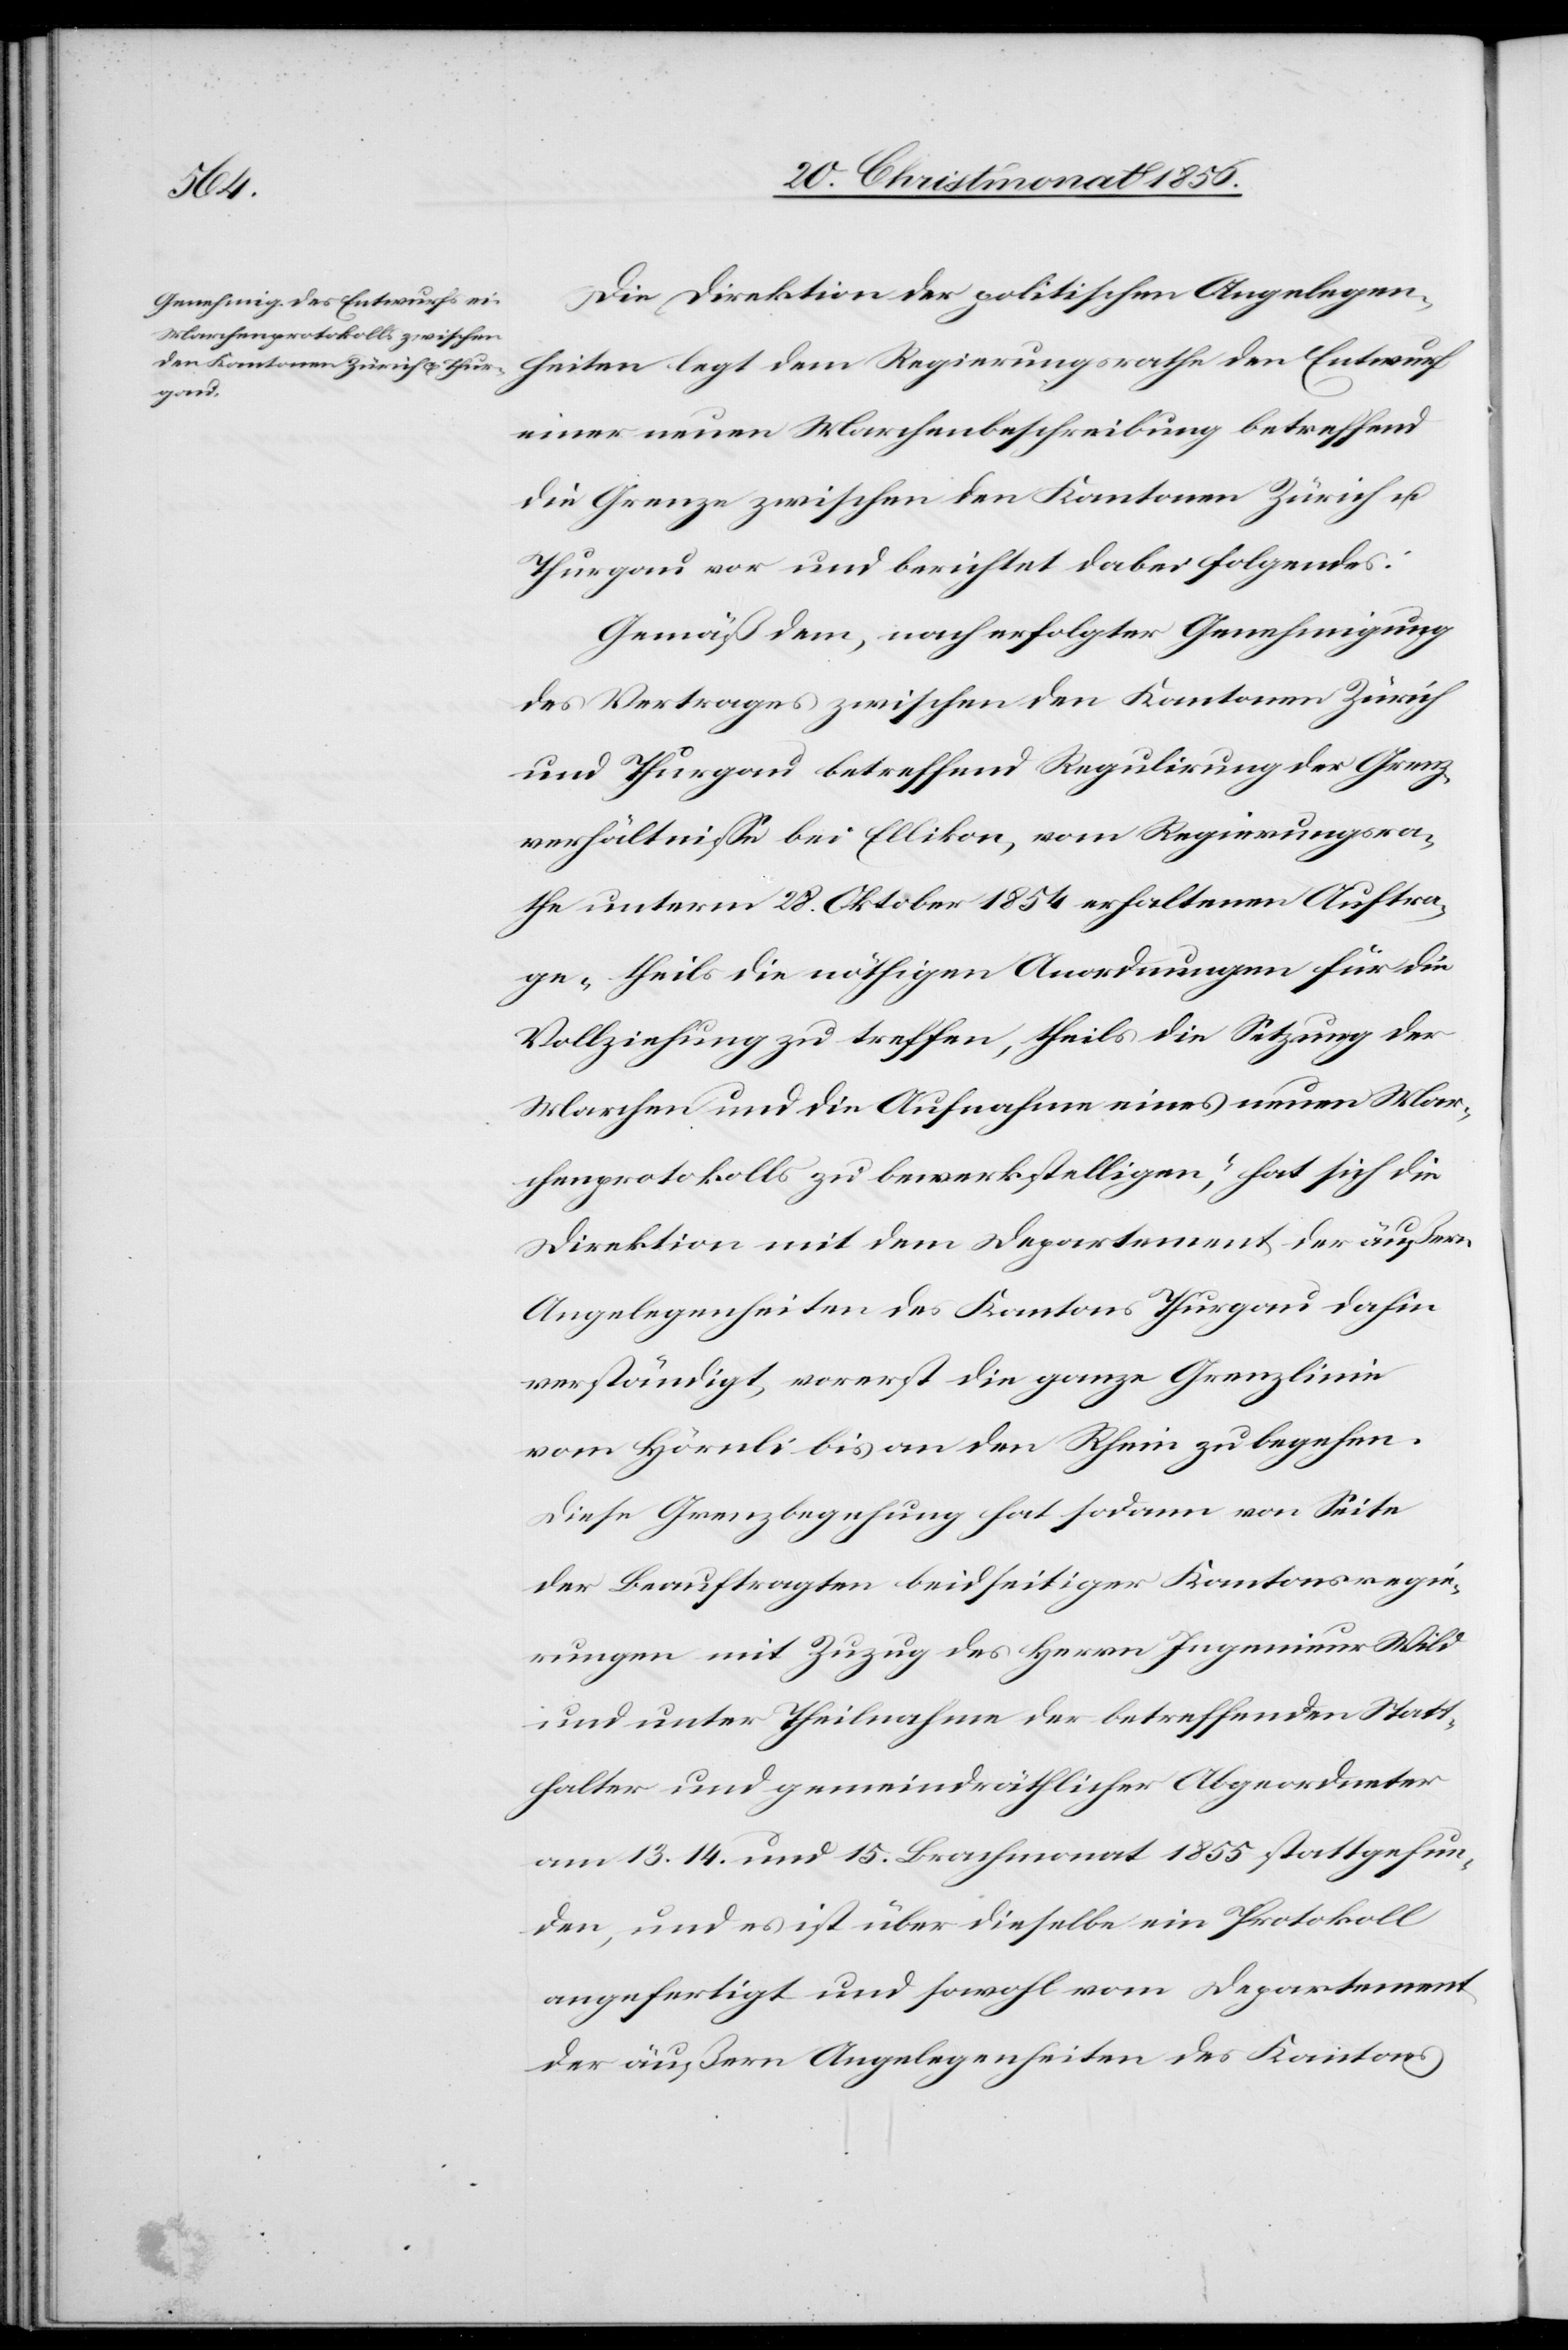
Die Direktion der politischen Angelegen¬
heiten legt dem Regierungsrathe den Entwurf
einer neuen Marchenbeschreibung betreffend
die Grenze zwischen den Kantonen Zürich u.
Thurgau vor und berichtet dabei folgendes:
Gemäß dem, nach erfolgter Genehmigung
des Vertrages zwischen den Kantonen Zürich
und Thurgau betreffend Regulirung der Grenz¬
verhältnisse bei Ellikon, vom Regierungsra¬
the unterm 28. Oktober 1854 erhaltenen Auftra¬
ge „theils die nöthigen Anordnungen für die
Vollziehung zu treffen, theils die Setzung der
Marchen und die Aufnahme eines neuen Mar¬
chenprotokolls zu bewerkstelligen“, hat sich die
Direktion mit dem Departement der äußern
Angelegenheiten des Kantons Thurgau dahin
verständigt, vorerst die ganze Grenzlinie
vom Hörnli bis an den Rhein zu begehen.
Diese Grenzbegehung hat sodann von Seite
der Beauftragten beidseitiger Kantonsregie¬
rungen mit Zuzug des Herrn Ingenieur Wild
und unter Theilnahme der betreffenden Statt¬
halter und gemeindräthlicher Abgeordneter
am 13.[,] 14. und 15. Brachmonat 1855 stattgefun¬
den, und es ist über dieselbe ein Protokoll
angefertigt und sowohl vom Departement
der äußern Angelegenheiten des Kantons